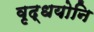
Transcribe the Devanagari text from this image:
वृद्धयोनि